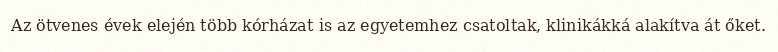
Az ötvenes évek elején több kórházat is az egyetemhez csatoltak, klinikákká alakítva át őket.